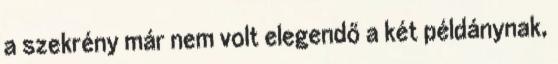
a szekrény már nem volt elegendő a két példánynak,